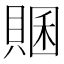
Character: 𧶞